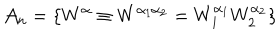
{ \bf \cal A } _ { n } = \left\{ W ^ { \alpha } \equiv W ^ { \alpha _ { 1 } \alpha _ { 2 } } = W _ { 1 } ^ { \alpha _ { 1 } } W _ { 2 } ^ { \alpha _ { 2 } } \right\}